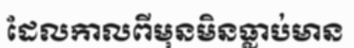
ដែលកាលពីមុនមិនធ្លាប់មាន